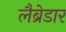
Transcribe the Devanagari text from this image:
लैब्रेडार